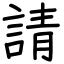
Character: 請